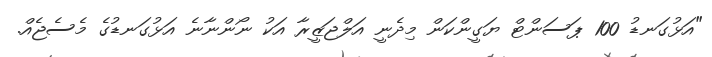
"އަޅުގަނޑު 100 ޕަސަންޓް ޔަގީންކަން މިދެނީ އަލްޖަޒީރާ އަކު ނޯންނާނެ އަޅުގަނޑުގެ މެސެޖެއް.